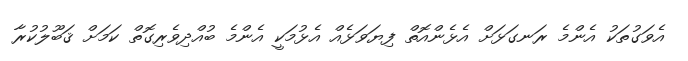
އެވަގުތަކު އެންމެ ރަނގަޅަށް އެޅެންއޮތް ފިޔަވަޅެއް އެޅުމަކީ އެންމެ ބުއްދިވެރިގޮތް ކަމަށް ޤަބޫލުކުރާ